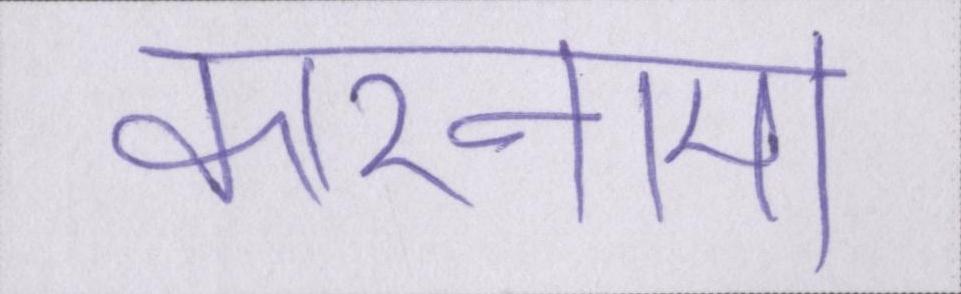
कारनामा